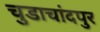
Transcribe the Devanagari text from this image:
चुडाचांदपुर